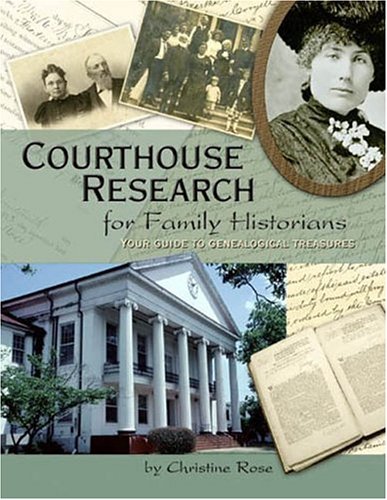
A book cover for Courthouse Research for Family Historians: Your Guide to Genealogical Treasures; Christine Rose; Reference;